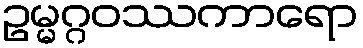
ဥမ္မဂ္ဂဝဿကာရော